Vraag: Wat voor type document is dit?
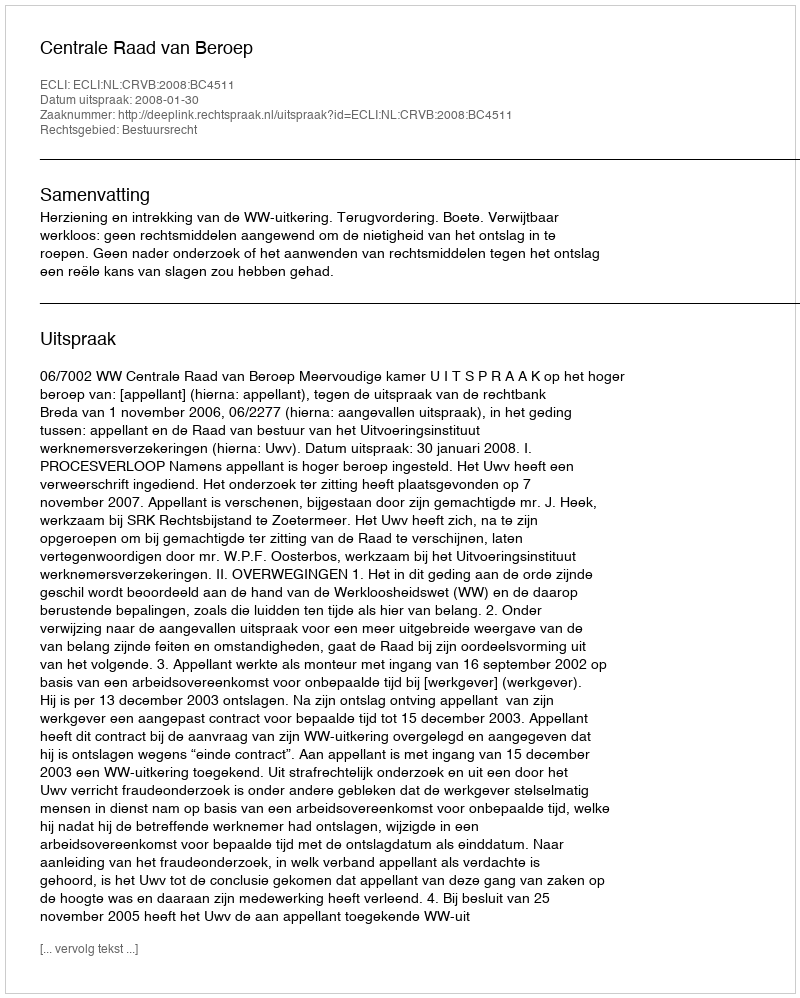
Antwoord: Uitspraak